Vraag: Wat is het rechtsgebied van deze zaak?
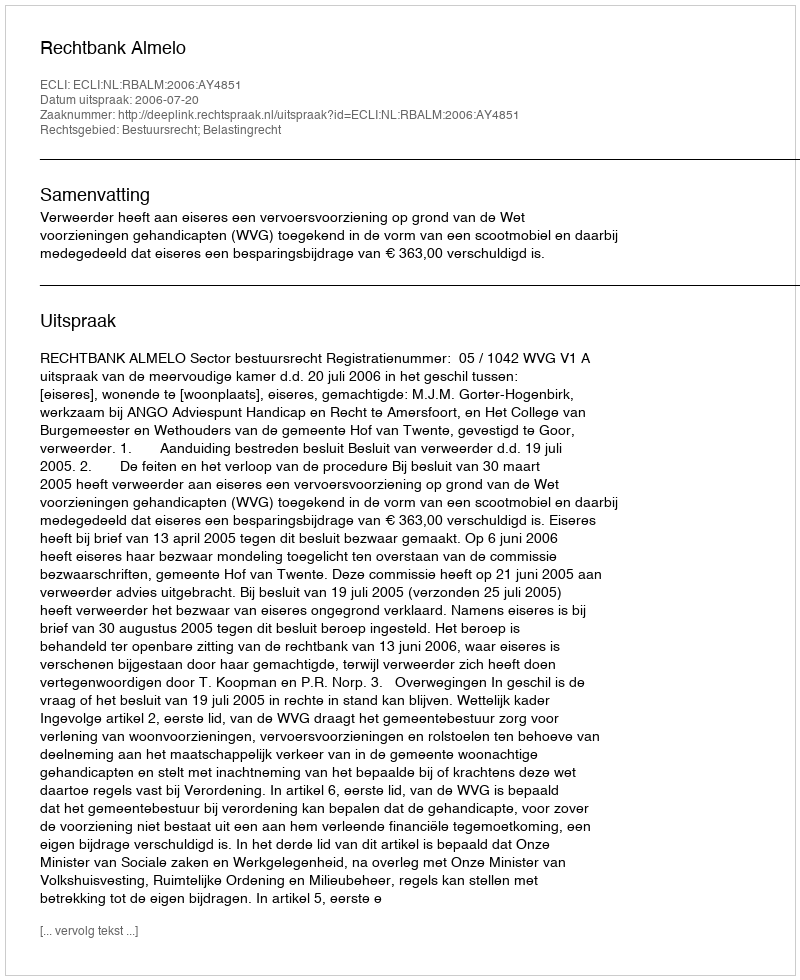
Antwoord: Bestuursrecht; Belastingrecht